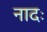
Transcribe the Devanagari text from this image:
नादः